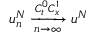
u _ { n } ^ { N } \xrightarrow [ n \rightarrow \infty ] { C _ { t } ^ { 0 } C _ { x } ^ { 1 } } u ^ { N }